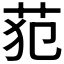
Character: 𰰰